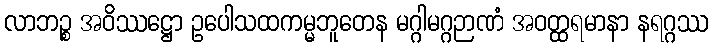
လာဘဉ္စ အဝိဿဋ္ဌော ဥပေါသထကမ္မဘူတေန မဂ္ဂါမဂ္ဂဉာဏံ အဝတ္ထရမာနာ နရဂ္ဂဿ